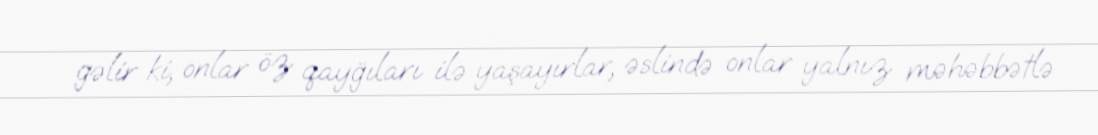
gəlir ki, onlar öz qayğıları ilə yaşayırlar, əslində onlar yalnız məhəbbətlə